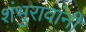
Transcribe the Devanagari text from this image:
शंभुरावांनी